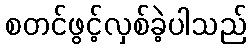
စတင်ဖွင့်လှစ်ခဲ့ပါသည်